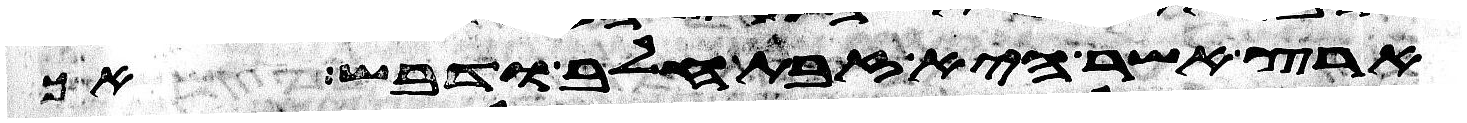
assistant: ארץ אשר היא זבת חלב ודבש אך